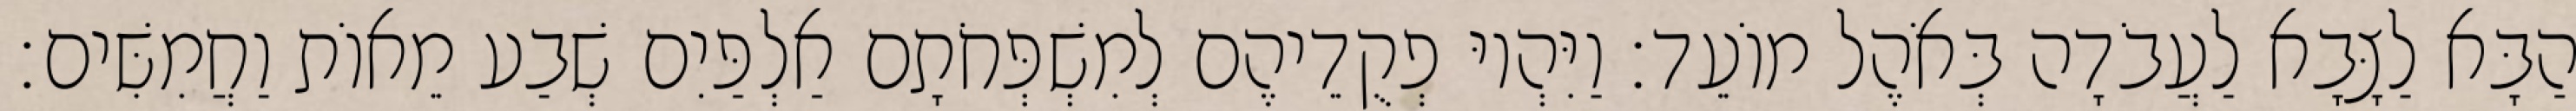
הַבָּא לַצָּבָא לַעֲבֹדָה בְּאֹהֶל מוֹעֵד׃ וַיִּהְיוּ פְקֻדֵיהֶם לְמִשְׁפְּחֹתָם אַלְפַּיִם שְׁבַע מֵאוֹת וַחֲמִשִּׁים׃